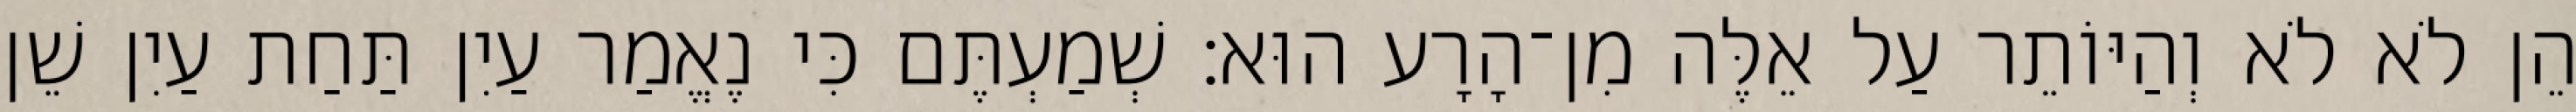
הֵן לֹא לֹא וְהַיּוֹתֵר עַל אֵלֶּה מִן־הָרָע הוּא׃ שְׁמַעְתֶּם כִּי נֶאֱמַר עַיִן תַּחַת עַיִן שֵׁן